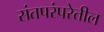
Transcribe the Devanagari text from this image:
संतपरंपरेतील